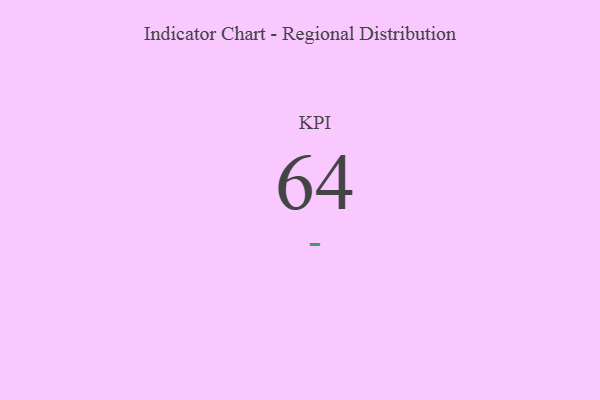
{"axis": {"x": "KPI", "y": "Value"}, "legend": [""], "data": [{"x": "KPI", "y": 64, "type": ""}]}